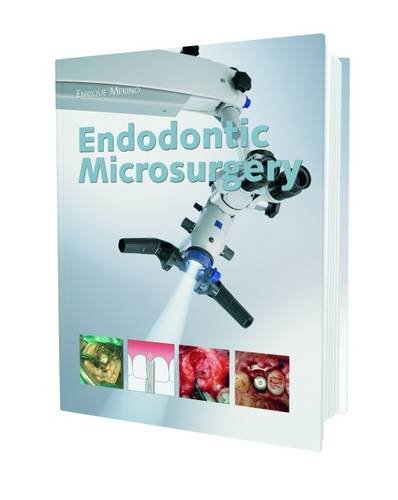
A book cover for Endodontic Microsurgery; Enrique Merino; Medical Books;